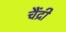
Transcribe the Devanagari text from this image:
चैंद्री